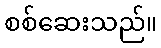
စစ်ဆေးသည်။